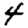
Digit: 4